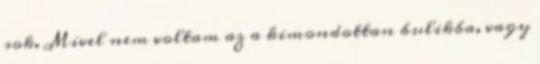
sok. Mivel nem voltam az a kimondottan bulikba, vagy